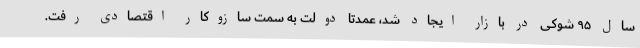
سال ۹۵ شوکی در بازار ایجاد شد، عمدتا دولت به سمت سازوکار اقتصادی رفت.